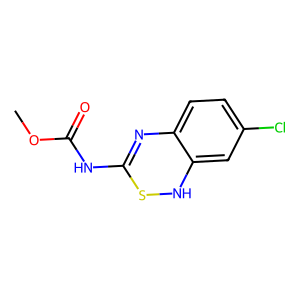
SMILES: COC(=O)NC1=Nc2ccc(Cl)cc2NS1
Inhibits HIV replication: No